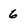
Character: 6